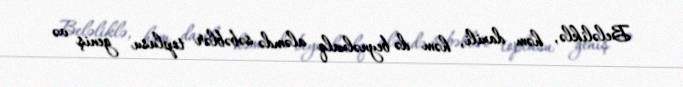
Beləliklə, həm daxili, həm də beynəlxalq aləmdə səbəblər toplusu geniş və